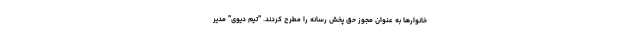
خانوارها به عنوان مجوز حق پخش رسانه را مطرح کردند. "تیم دیوی" مدیر